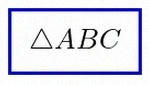
\triangle ABC